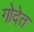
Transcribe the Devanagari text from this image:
गोदेत